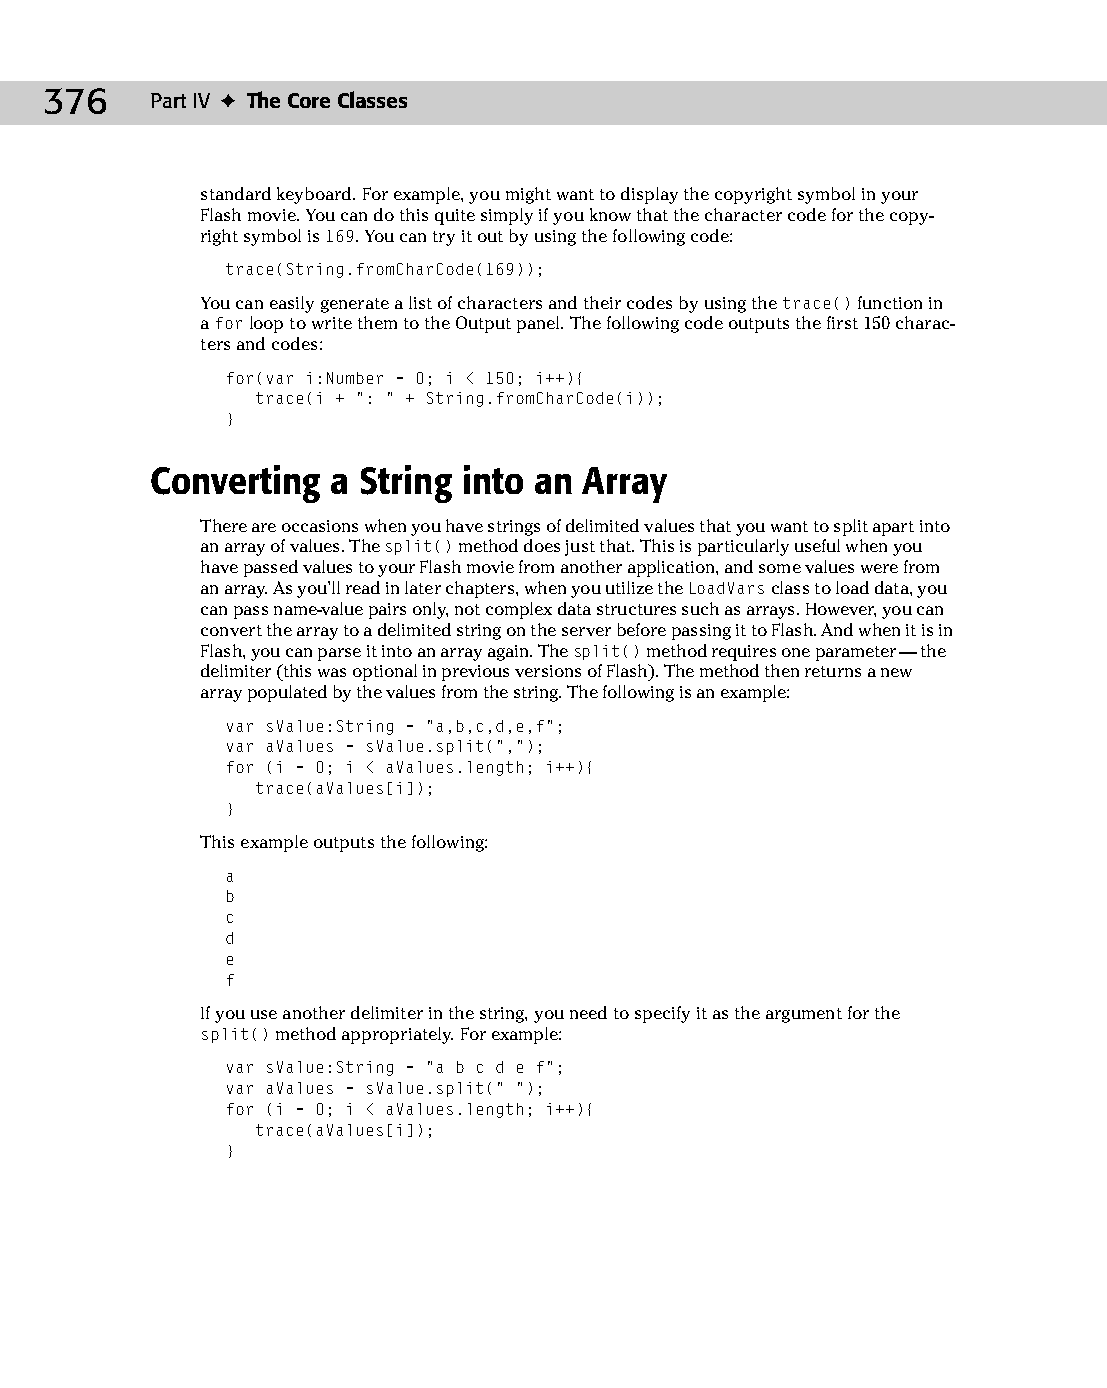
20 543547 ch15.qxd 3/24/04 4:11 PM Page 376
 376    Part IV ✦ The Core Classes
 standard keyboard. For example, you might want to display the copyright symbol in your
 Flash movie. You can do this quite simply if you know that the character code for the copy­
 right symbol is 169. You can try it out by using the following code:
 trace(String.fromCharCode(169));
 You can easily generate a list of characters and their codes by using the trace() function in
 a for loop to write them to the Output panel. The following code outputs the first 150 charac­
 ters and codes:
 for(var i:Number = 0; i < 150; i++){
 trace(i + “: “ + String.fromCharCode(i));
 }
 Converting  a String into an Array
 There are occasions when you have strings of delimited values that you want to split apart into
 an array of values. The split() method does just that. This is particularly useful when you
 have passed values to your Flash movie from another application, and some values were from
 an array. As you’ll read in later chapters, when you utilize the LoadVars class to load data, you
 can pass name-value pairs only, not complex data structures such as arrays. However, you can
 convert the array to a delimited string on the server before passing it to Flash. And when it is in
 Flash, you can parse it into an array again. The split() method requires one parameter — the
 delimiter (this was optional in previous versions of Flash). The method then returns a new
 array populated by the values from the string. The following is an example:
 var sValue:String = “a,b,c,d,e,f”;
 var aValues = sValue.split(“,”);
 for (i = 0; i < aValues.length; i++){
 trace(aValues[i]);
 }
 This example outputs the following:
 a
 b
 c
 d
 e
 f
 If you use another delimiter in the string, you need to specify it as the argument for the
 split() method appropriately. For example:
 var sValue:String = “a b c d e f”;
 var aValues = sValue.split(“ “);
 for (i = 0; i < aValues.length; i++){
 trace(aValues[i]);
 }